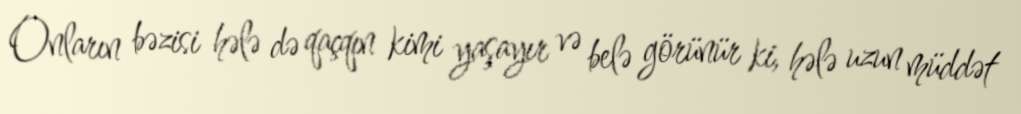
Onların bəzisi hələ də qaçqın kimi yaşayır və belə görünür ki, hələ uzun müddət